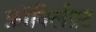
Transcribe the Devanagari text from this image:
फ़ॉर्क्लिफ़्ट